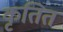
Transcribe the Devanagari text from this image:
कृतित